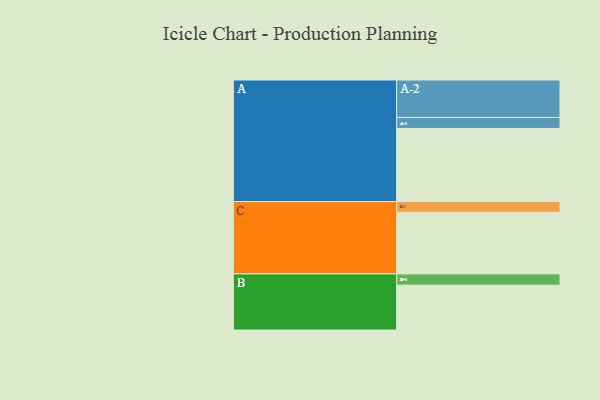
{"axis": {"x": "Segment", "y": "Value"}, "legend": ["", "A", "B", "C"], "data": [{"x": "A", "y": 525, "type": ""}, {"x": "B", "y": 322, "type": ""}, {"x": "C", "y": 443, "type": ""}, {"x": "A-1", "y": 79, "type": "A"}, {"x": "A-2", "y": 269, "type": "A"}, {"x": "B-1", "y": 81, "type": "B"}, {"x": "C-1", "y": 77, "type": "C"}]}